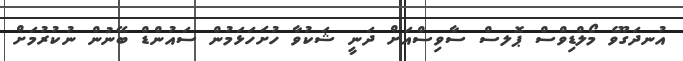
އުނދަގޫވެ މޯލްޑިވްސް ޕޮލސް ސާވިސްއަށް ދަނީ ޝަކުވާ ހުށަހަޅަމުން ސައުންޑް ބޭނުން ނުކުރުމަށް